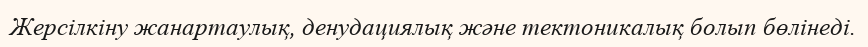
Жерсілкіну жанартаулық, денудациялық және тектоникалық болып бөлінеді.